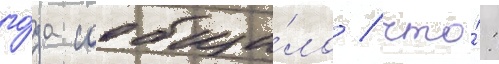
го́да сообщи́ло / что́: